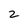
Character: 2